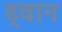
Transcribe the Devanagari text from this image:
ड्वान